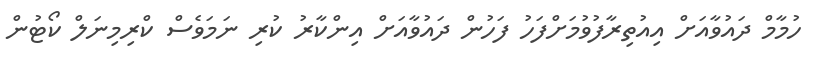
ހުމާމް ދައުވާއަށް އިއުތިރާފުވުމަށްފަހު ފަހުން ދައުވާއަށް އިންކާރު ކުރި ނަމަވެސް ކްރިމިނަލް ކޯޓުން